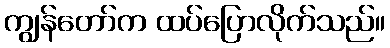
ကျွန်တော်က ထပ်ပြောလိုက်သည်။